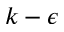
k - \epsilon